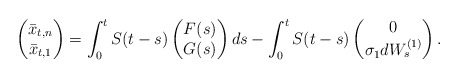
\begin{align*} \begin{pmatrix}\bar{x}_{t,n} \\ \bar{x}_{t,1} \\ \end{pmatrix}= \int_0^t S(t-s)\begin{pmatrix}F(s) \\ G(s) \\ \end{pmatrix}ds - \int_0^t S(t-s)\begin{pmatrix}0 \\ \sigma_1 dW_s^{(1)} \\ \end{pmatrix}. \end{align*}